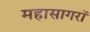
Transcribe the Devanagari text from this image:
महासागरॉ